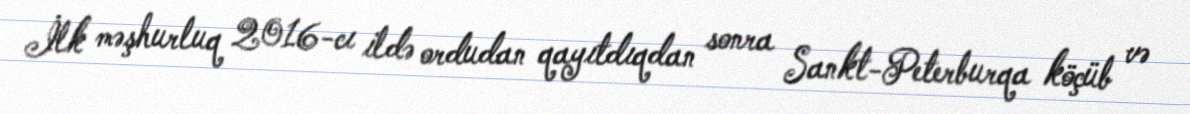
İlk məşhurluq 2016-cı ildə ordudan qayıtdıqdan sonra Sankt-Peterburqa köçüb və